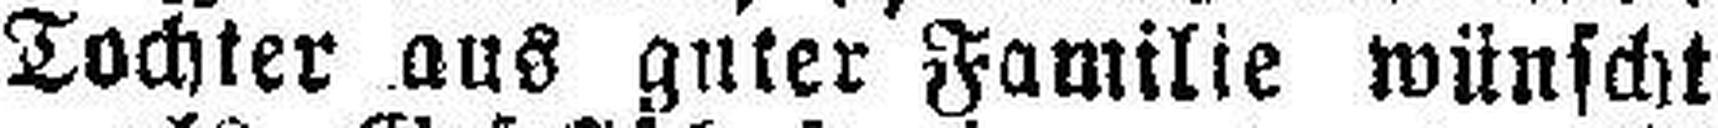
Tochter aus guter Familie wünscht